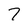
Character: 7